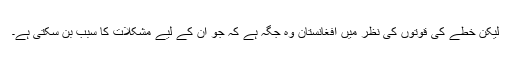
لیکن خطے کی قوتوں کی نظر میں افغانستان وہ جگہ ہے کہ جو اُن کے لیے مشکلات کا سبب بن سکتی ہے۔